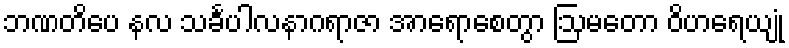
ဘဏတိပေ နလ သင်္ခပါလနာဂရာဇာ အာရောစေတွာ ဩမတော ဝိဟရေယျုံ